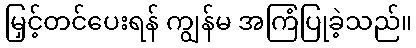
မြှင့်တင်ပေးရန် ကျွန်မ အကြံပြုခဲ့သည်။